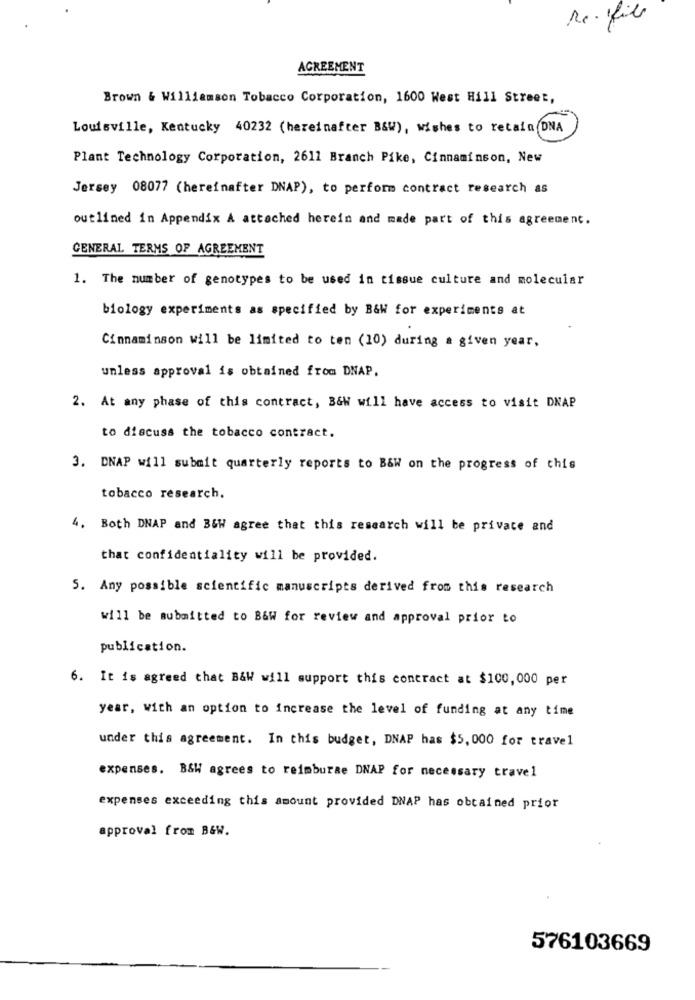
Re- file
AGREEMENT
Brown & Williamson Tobacco Corporation, 1600 West Hill Street,
Louisville, Kentucky 40232 (hereinafter B&W), wishes to retain DNA
Plant Technology Corporation, 2611 Branch Pike, Cinnaminson, New
Jersey 08077 (hereinafter DNAP), to perform contract research as
outlined in Appendix A attached herein and made part of this agreement.
GENERAL TERMS OF AGREEMENT
1. The number of genotypes to be used in tissue culture and molecular
biology experiments as specified by B&W for experiments at
Cinnaminson will be limited to ten (10) during a given year,
unless approval is obtained from DNAP.
2. At any phase of this contract, B&W will have access to visit DNAP
to discuss the tobacco contract.
3. DNAP will submit quarterly reports to B&W on the progress of this
tobacco research.
4. Both DNAP and B&W agree that this research will be private and
that confidentiality will be provided.
5. Any possible scientific manuscripts derived from this research
will be submitted to B&W for review and approval prior to
publication.
6. It is agreed that B&W will support this contract at $100,000 per
year, with an option to increase the level of funding at any time
under this agreement. In this budget, DNAP has $5,000 for travel
expenses. B&W agrees to reimburse DNAP for necessary travel
expenses exceeding this amount provided DNAP has obtained prior
approval from B&W.
576103669